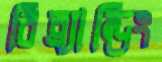
রিব্র্যান্ডিং